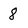
Character: 8